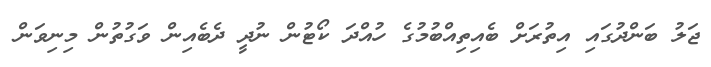
ޖަލު ބަންދުގައި އިތުރަށް ބެއިތިއްބުމުގެ ހުއްދަ ކޯޓުން ނުދީ ދެބެއިން ވަގުތުން މިނިވަން